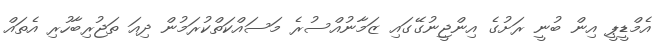
އެމްޑީޕީ އިން ބުނީ ރަށުގެ އިންޖީނުގޭގައި ޒަމާނުއްސުރެ މަސައްކަތްކުރަމުން ދިއަ ތަޖުރިބާހުރި އެތައް